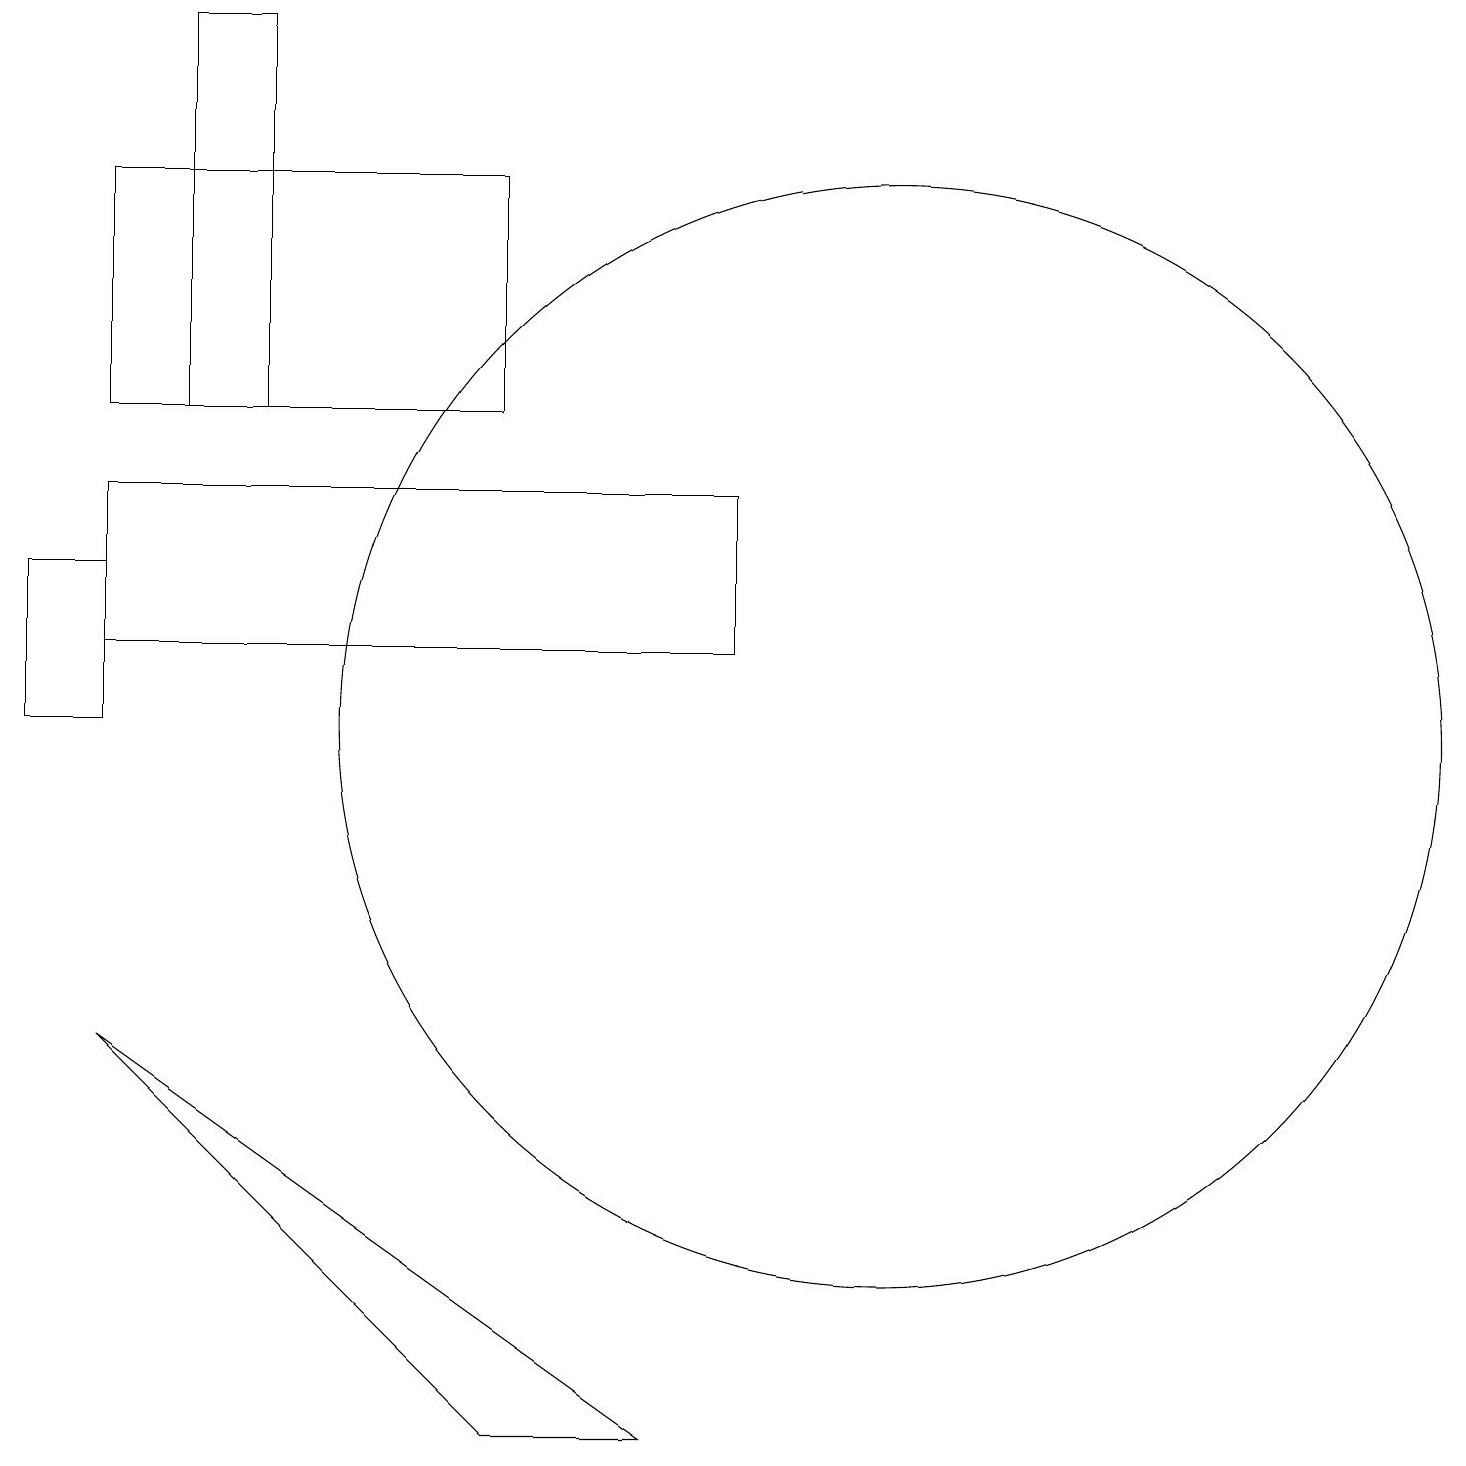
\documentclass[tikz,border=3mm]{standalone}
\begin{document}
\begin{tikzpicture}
\draw (9,13) rectangle (1,11);
\draw (3,14) rectangle (2,19);
\draw (6,1) -- (1,6) -- (8,1) -- cycle;
\draw (11,10) circle (7);
\draw (0,10) rectangle (1,12);
\draw (1,17) rectangle (6,14);
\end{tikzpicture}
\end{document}